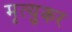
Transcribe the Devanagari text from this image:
मृत्युकर